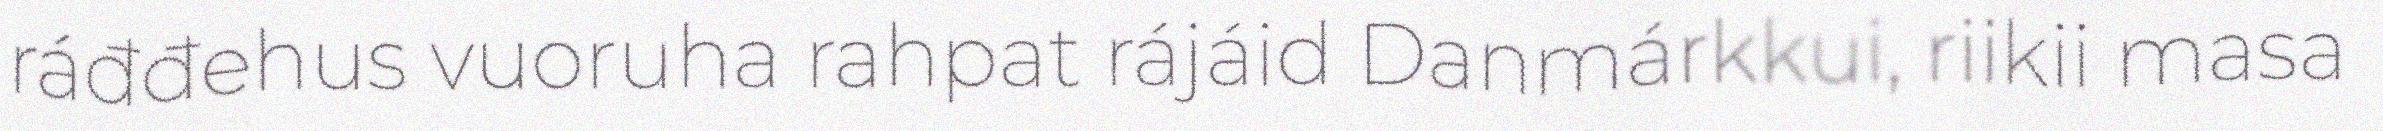
ráđđehus vuoruha rahpat rájáid Danmárkkui, riikii masa